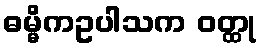
ဓမ္မိကဥပါသက ဝတ္ထု